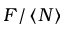
F / \left\langle N \right\rangle